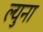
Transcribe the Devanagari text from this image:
ल्युना